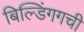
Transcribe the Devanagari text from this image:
बिल्डिंगगची